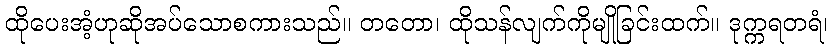
ထိုပေးအံ့ဟုဆိုအပ်သောစကားသည်။ တတော၊ ထိုသန်လျက်ကိုမျိုခြင်းထက်။ ဒုက္ကရတရံ၊